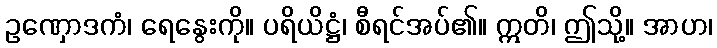
ဥဏှောဒကံ၊ ရေနွေးကို။ ပရိယိဋ္ဌံ၊ စီရင်အပ်၏။ ဣတိ၊ ဤသို့။ အာဟ၊